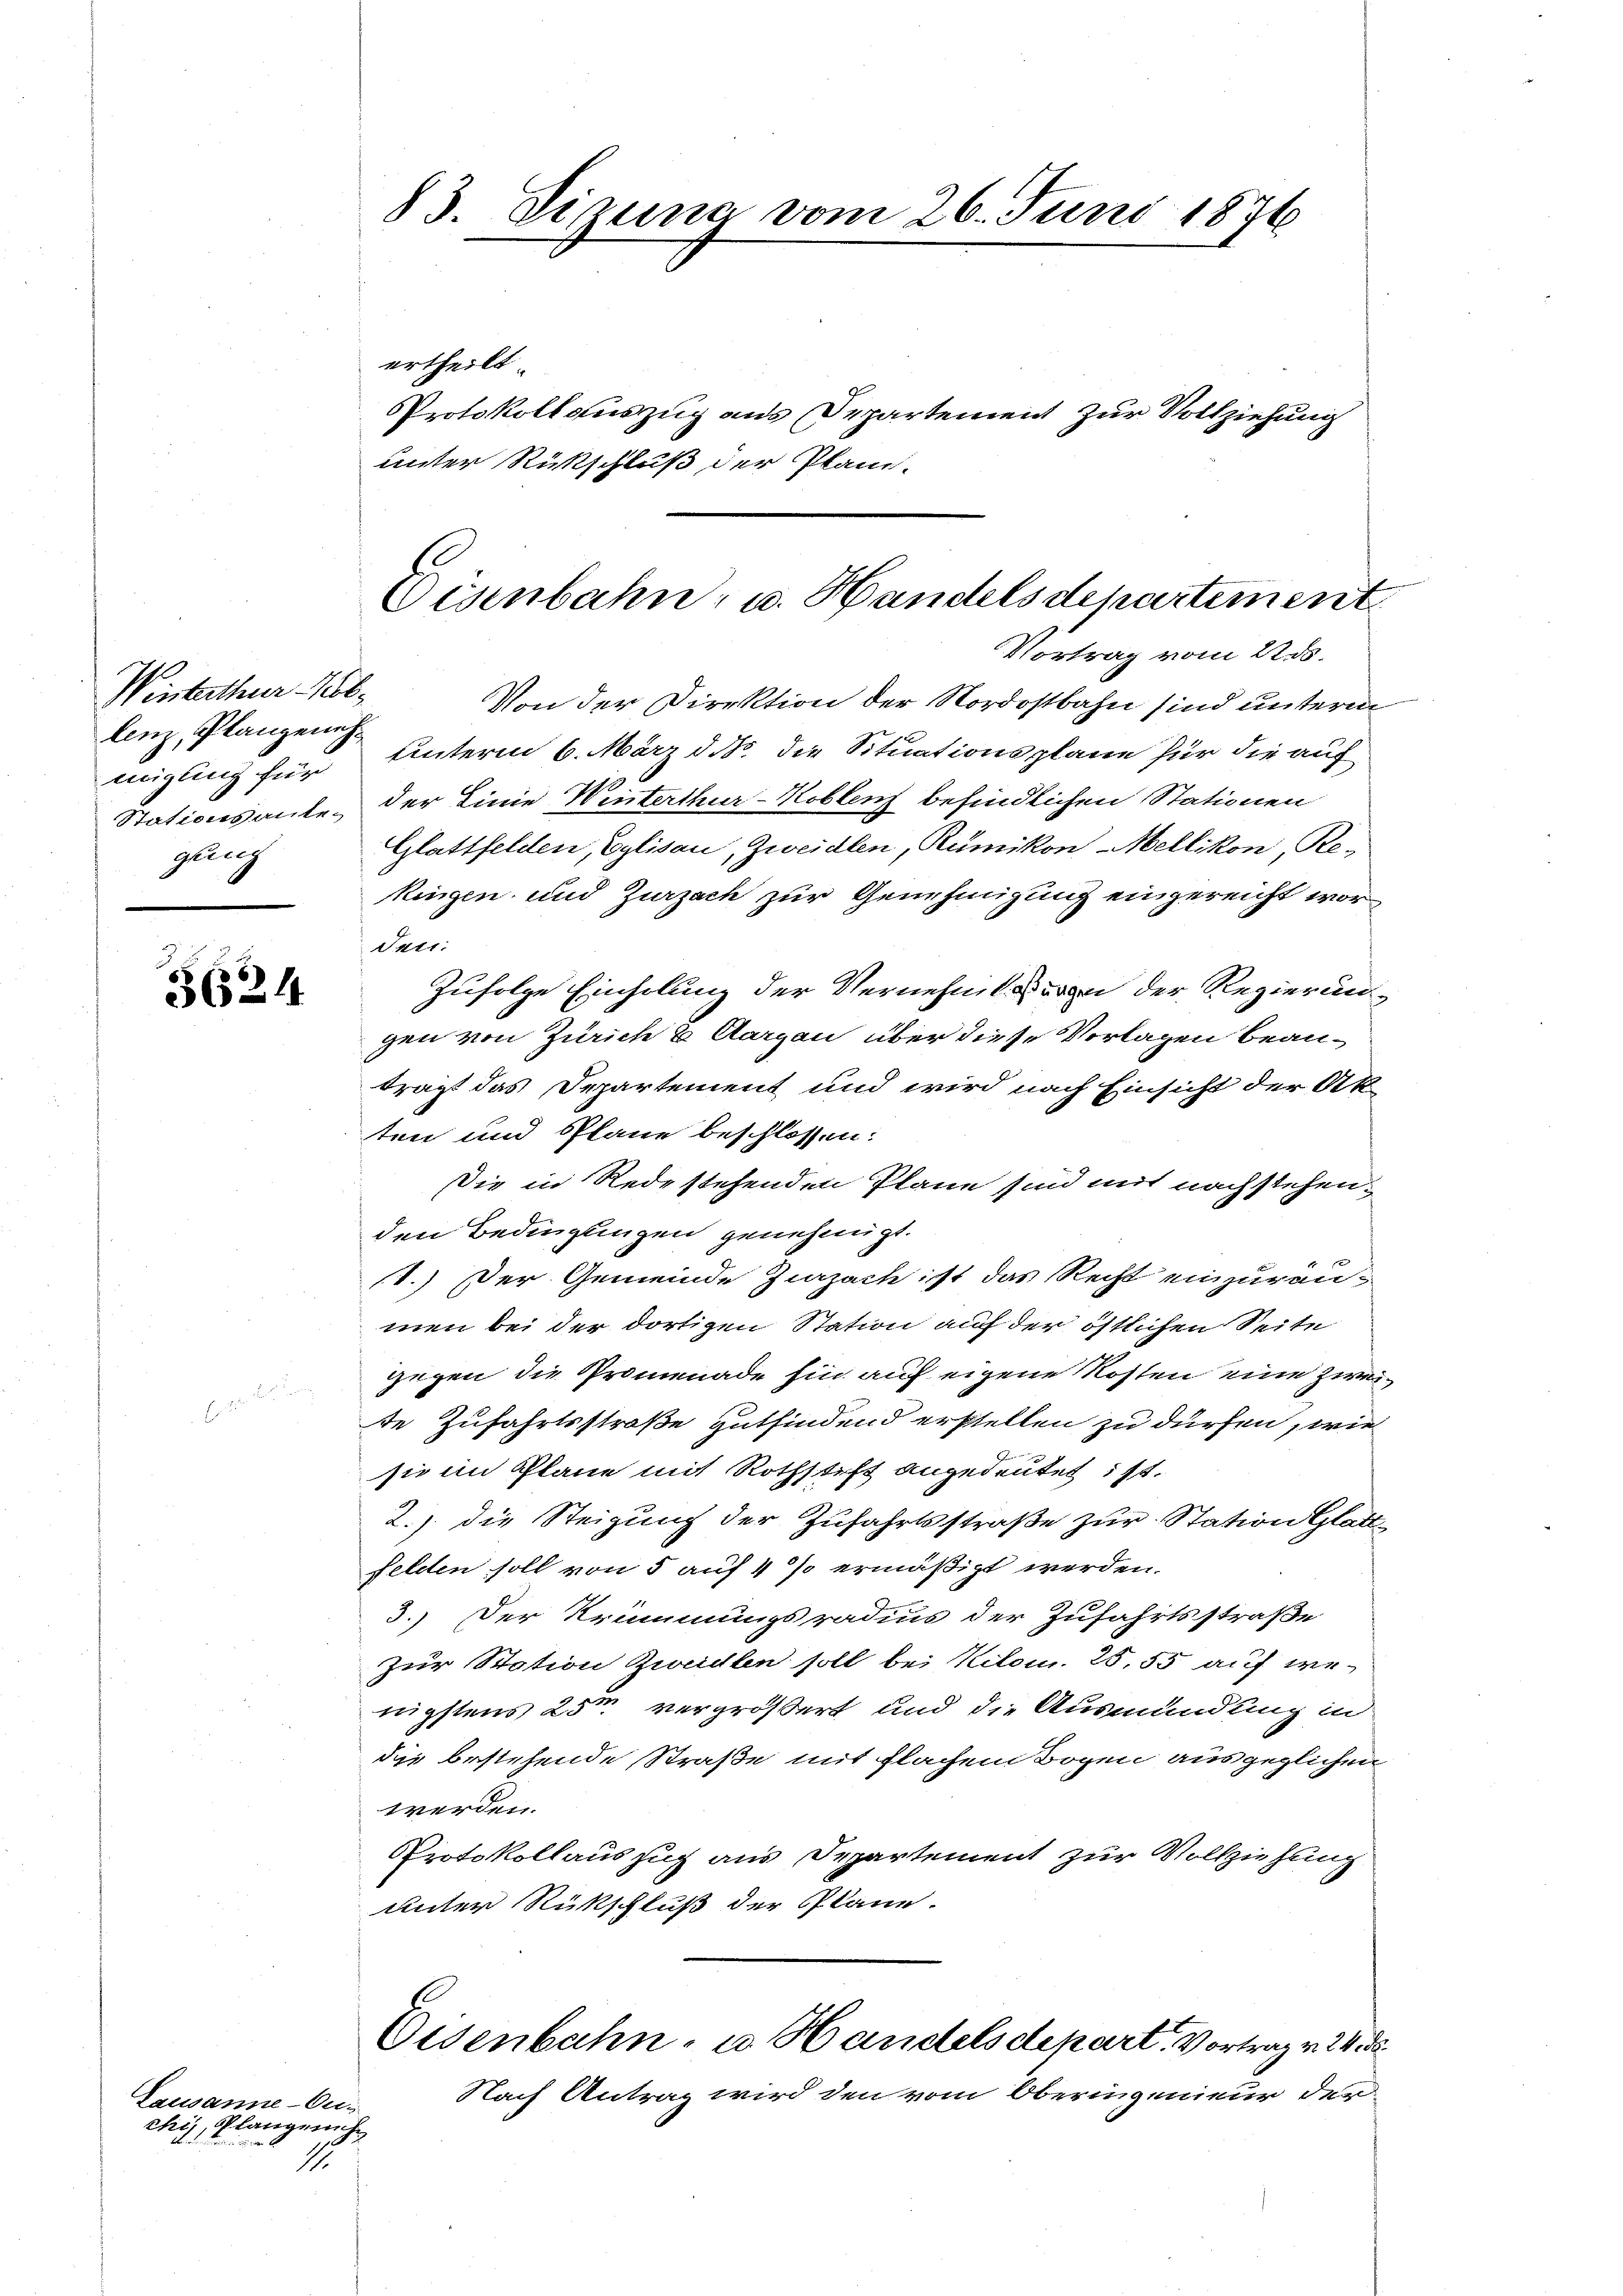
Winterthur bl
lenz, Planzenz.
migling für
Stationsante-
gling

3624

Lausanne-Erchi, Plangericht
M.

ertheilt.
Protokoll auszug aus Departement zur Vollziehung
unter Rückschluß der Plan.
Vortrag vom 22. ds.
Von der Direktion der Nordostbahn sind unterm
unterm 6. März d. M. die Situationsplane für die auf
der Linie Winterthur–Koblech befindlichen Stationen
Glattfelden, Eglisau, Zweidlen, Rümikon Mellikon, Re-
kingen und Zurzach zur Genehmigung eingereicht wor¬
Juri
Zufolge Einholung der Vernehme von der Regierungen von Zürich & Aargau über diese Vorlagen beanträgt das Departement und wird nach Einsicht der Ak
ten und Pläne beschlossen:
Sie in Redestehenden Plane sind mit nachstehen.
den Bedingungen genehmigt.
11.) Der Gemeinde Ziazach ist das Recht einzuräumen bei der dortigen Station auf der östlichen Seite
gegen die Promenade hin auf eigene Kosten eine zweite Zufahrtsstraße gutfindend erstellen zu dürfen, wie
sie im Plane mit Rothstift angedeutet ist.
2.) die Steigung der Zufahrtsstraße zur Station Glatt
felden soll von 5 auf 4 % ermäßigt werden.
3.) Der Krümmungsradius der Zufahrtsstraße
zur Station Zweidlen soll bei Kilom. 25,55 auf wenigstens 25m vergrößert und die Ausmündung in
die bestehende Straße mit flachem Bozen ausgeglichen
werden.
Protokollaus sich aus Departement zur Vollziehung
unter Rückschluß der Pläne.
Eisenbahn- u. Handelsdepart. Vortrag v. 24
Nach Antrag wird den vom Oberingenieur der

83. Sizung vom 26. Juni 1876

Eisenbahn- u. Handels departement